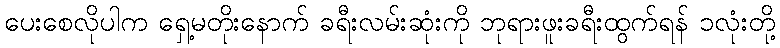
ပေးစေလိုပါက ရှေ့မတိုးနောက် ခရီးလမ်းဆုံးကို ဘုရားဖူးခရီးထွက်ရန် ၁လုံးတို့